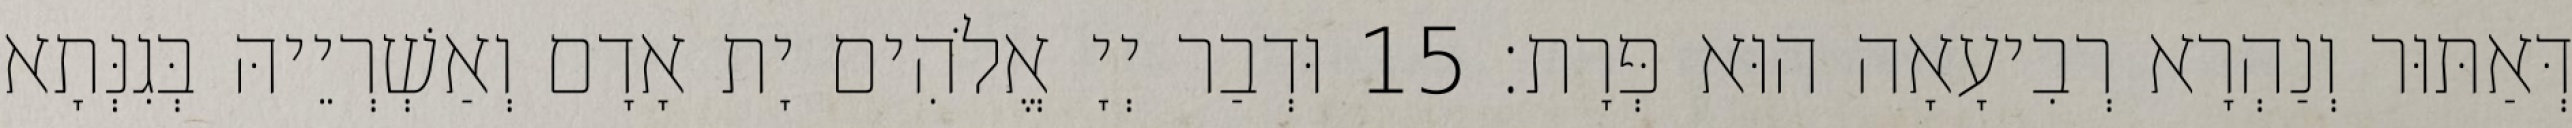
דְּאַתּוּר וְנַהְרָא רְבִיעָאָה הוּא פְּרָת׃ 15 וּדְבַר יְיָ אֱלֹהִים יָת אָדָם וְאַשְׁרְיֵיהּ בְּגִנְּתָא